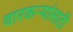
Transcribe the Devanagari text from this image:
वारकऱ्यांसाठी